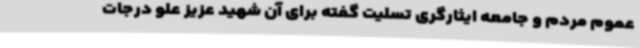
عموم مردم و جامعه ایثارگری تسلیت گفته برای آن شهید عزیز علو درجات